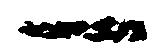
一